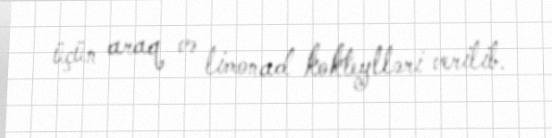
üçün araq və limonad kokteylləri verilib.